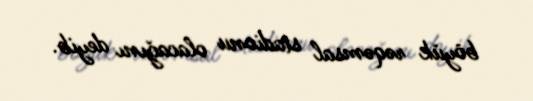
böyük rəqəmsal stadionu olacağını deyib.